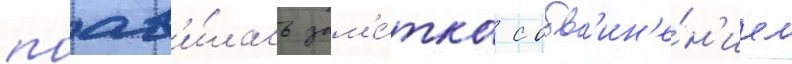
поав'и́лась зам'е́тка с обв'ин'е́н'ием